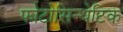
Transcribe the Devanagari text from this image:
फोटोसिन्थेटिक